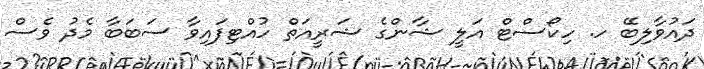
ދައުވާލިބޭ ހ. ހިކޯސްޓް އަލީ ޝާންގެ ޝަރީއަތް ހުއްޓިފައިވާ ސަބަބާ މެދު ވެސް